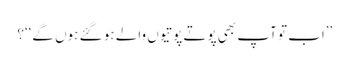
’’اب تو آپ بھی پوتے پوتیوں والے ہو گئے ہوں گے‘‘؟